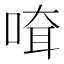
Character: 𠸊